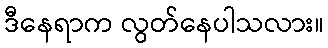
ဒီနေရာက လွတ်နေပါသလား။